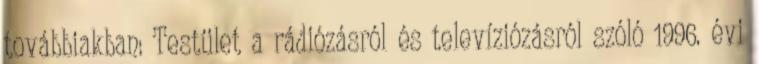
továbbiakban: Testület a rádiózásról és televíziózásról szóló 1996. évi